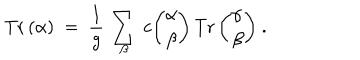
\mathrm { T r } \, ( \alpha ) ~ = ~ { \frac { 1 } { g } } \, \sum _ { \beta } \, c { \binom { \alpha } { \beta } } \, \mathrm { T r } \, { \binom { \alpha } { \beta } } ~ .